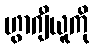
ဟွာဂျီယူကို